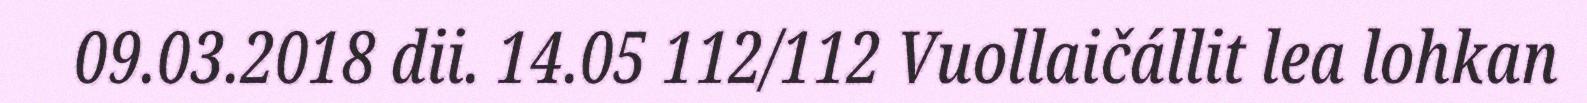
09.03.2018 dii. 14.05 112/112 Vuollaičállit lea lohkan